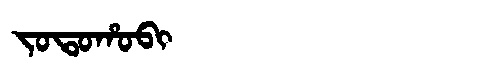
Manchu: ᠵᠣᡨᠣᡥᠣᠪᡳ
Romanization: JOTOHOBI